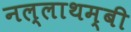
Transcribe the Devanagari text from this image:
नल्लाथम्बी